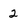
Character: 2